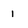
Character: 1